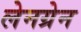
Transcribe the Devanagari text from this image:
लेनग्रेन